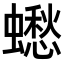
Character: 𧒸